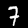
Label: 7